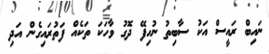
ނައިބް ރައީސް އަކު ސާބިތު ނުހިފޭ ދޮގު ވާހަކަ ތަކެއް ފަތުރައިގެން އަދި